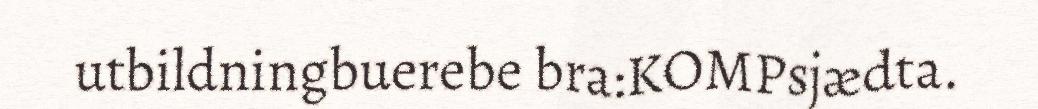
utbildningbuerebe bra:KOMPsjædta.